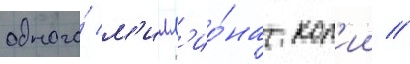
одного́ м'илл'ио́на коп'ии //